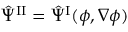
\hat { \Psi } ^ { \mathrm { I I } } = \hat { \Psi } ^ { \mathrm { I } } ( \phi , \nabla \phi )